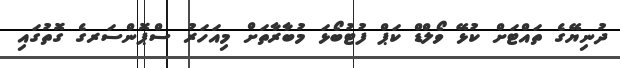
ދުނިޔޭގެ ތައްޓަށް ކުޅޭ ވޯލްޑް ކަޕް ފުޓުބޯޅަ މުބާރާތަށް މިއަހަރު ސްޕޮންސަރގެ ގޮތުގައި